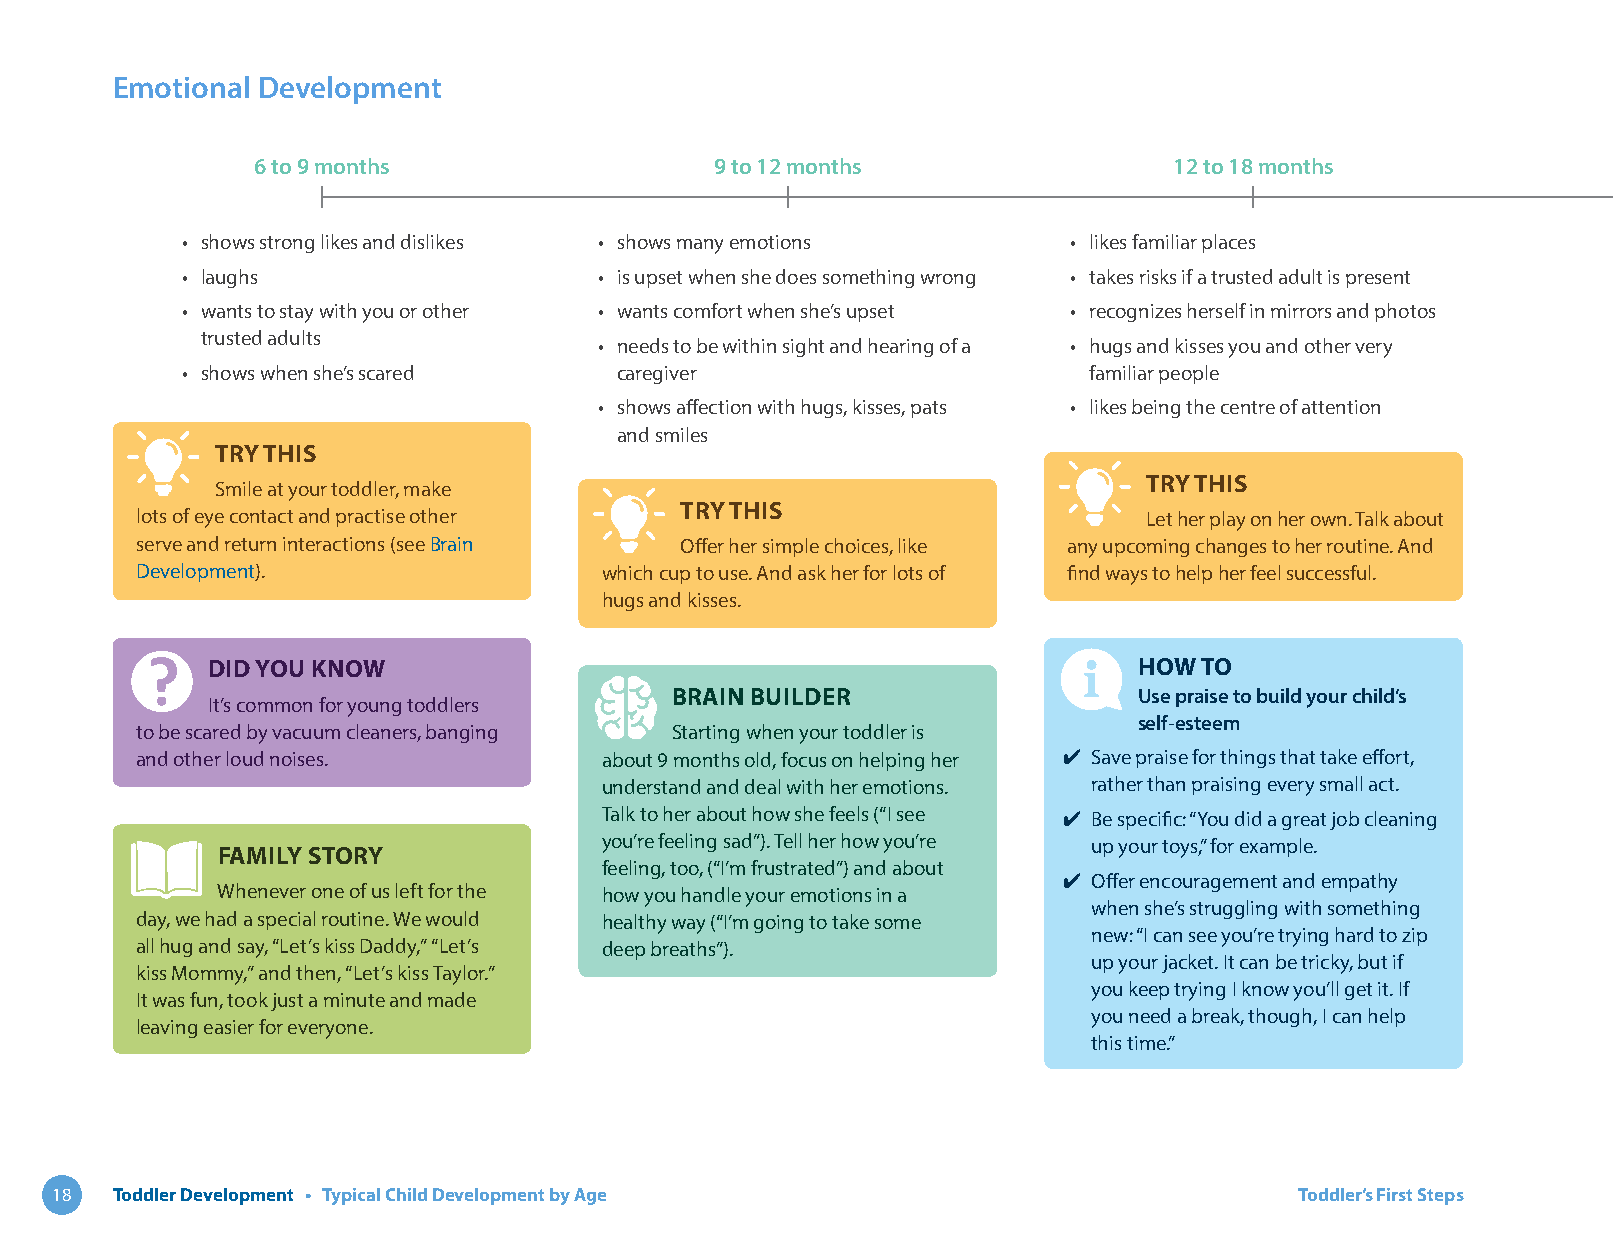
Emotional Development
 6 to 9 months                 9 to 12 months                 12 to 18 months
 • shows strong likes and dislikes • shows many emotions    • likes familiar places
 • laughs                    • is upset when she does something wrong • takes risks if a trusted adult is present
 • wants to stay with you or other • wants comfort when she’s upset • recognizes herself in mirrors and photos
 trusted adults
 • needs to be within sight and hearing of a • hugs and kisses you and other very
 • shows when she’s scared    caregiver                      familiar people
 • shows affection with hugs, kisses, pats • likes being the centre of attention
 and smiles
 TRY THIS
 TRY THIS
 Smile at your toddler, make
 TRY THIS
 lots of eye contact and practise other                             Let her play on her own. Talk about
 serve and return interactions (see Brain Offer her simple choices, like any upcoming changes to her routine. And
 Development).                  which cup to use. And ask her for lots of find ways to help her feel successful.
 hugs and kisses.
 DID YOU KNOW                                                 HOW TO
 BRAIN BUILDER                  Use praise to build your child’s
 It’s common for young toddlers
 self-esteem
 to be scared by vacuum cleaners, banging Starting when your toddler is
 and other loud noises.         about 9 months old, focus on helping her ✔ Save praise for things that take effort,
 understand and deal with her emotions. rather than praising every small act.
 Talk to her about how she feels (“I see ✔ Be specific: “You did a great job cleaning
 you’re feeling sad”). Tell her how you’re up your toys,” for example.
 FAMILY STORY
 feeling, too, (“I’m frustrated”) and about
 ✔ Offer encouragement and empathy
 Whenever one of us left for the how you handle your emotions in a
 when she’s struggling with something
 day, we had a special routine. We would healthy way (“I’m going to take some
 new: “I can see you’re trying hard to zip
 all hug and say, “Let’s kiss Daddy,” “Let’s deep breaths”).
 up your jacket. It can be tricky, but if
 kiss Mommy,” and then, “Let’s kiss Taylor.”
 you keep trying I know you’ll get it. If
 It was fun, took just a minute and made
 you need a break, though, I can help
 leaving easier for everyone.
 this time.”
 18  Toddler Development • Typical Child Development by Age                         Toddler’s First Steps